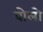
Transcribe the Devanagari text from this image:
वोलो